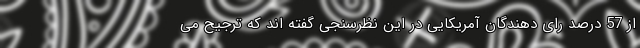
از 57 درصد رای دهندگان آمریکایی در این نظرسنجی گفته اند که ترجیح می